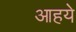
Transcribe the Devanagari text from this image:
आहये